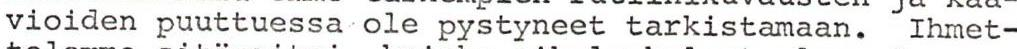
vioiden puuttuessa ole pystyneet tarkistamaan. Ihmet-